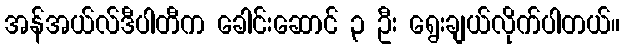
အန်အယ်လ်ဒီပါတီက ခေါင်းဆောင် ၃ ဦး ရွေးချယ်လိုက်ပါတယ်။